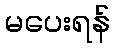
မပေးရန်